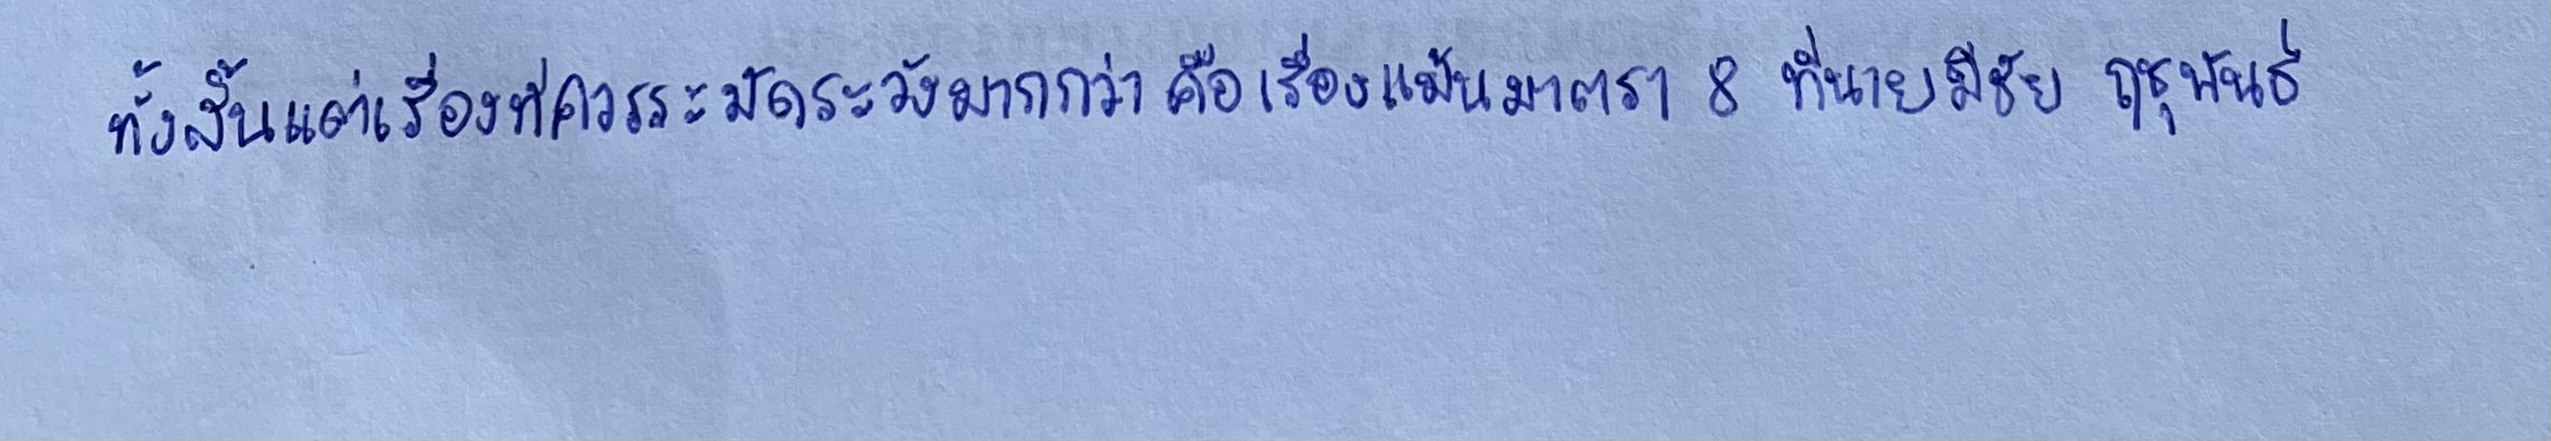
ทั้งสิ้นแต่เรื่องที่ควรระมัดระวังมากกว่าคือเรื่องแม้นมาตรา8ที่นายมีชัย ฤชุพันธุ์